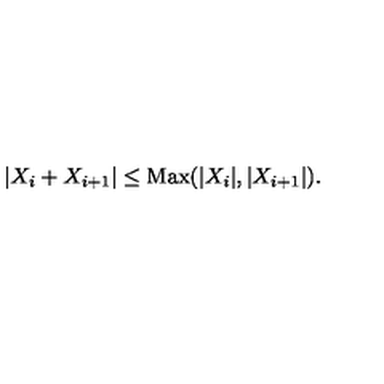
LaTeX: | X _ { i } + X _ { i + 1 } | \leq \mathrm { M a x } ( | X _ { i } | , | X _ { i + 1 } | ) .